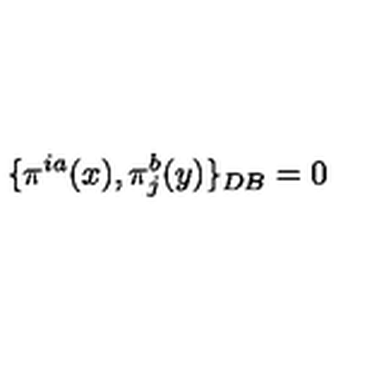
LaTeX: \{ \pi ^ { i a } ( x ) , \pi _ { j } ^ { b } ( y ) \} _ { D B } = 0 \nonumber